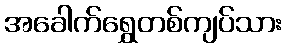
အခေါက်ရွှေတစ်ကျပ်သား